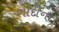
શાદીના